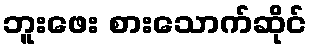
ဘူးဖေး စားသောက်ဆိုင်